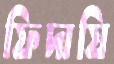
ফিদায়ি